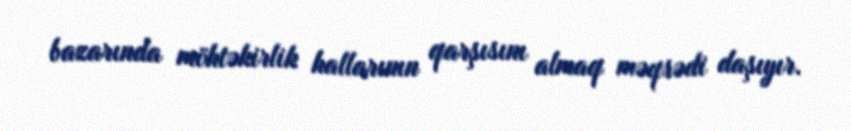
bazarında möhtəkirlik hallarının qarşısını almaq məqsədi daşıyır.